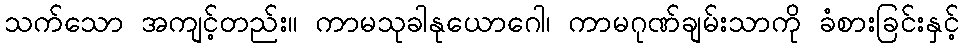
သက်သော အကျင့်တည်း။ ကာမသုခါနုယောဂေါ၊ ကာမဂုဏ်ချမ်းသာကို ခံစားခြင်းနှင့်